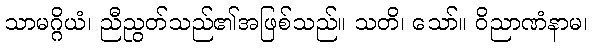
သာမဂ္ဂိယံ၊ ညီညွတ်သည်၏အဖြစ်သည်။ သတိ၊ သော်။ ဝိညာဏံနာမ၊